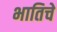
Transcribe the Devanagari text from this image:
भातिचे